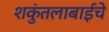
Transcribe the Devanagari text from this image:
शकुंतलाबाईंचे